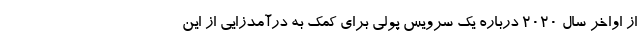
از اواخر سال ۲۰۲۰ درباره یک سرویس پولی برای کمک به درآمدزایی از این